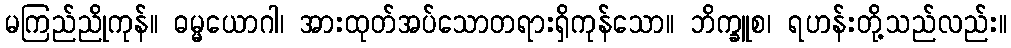
မကြည်ညိုကုန်။ ဓမ္မယောဂါ၊ အားထုတ်အပ်သောတရားရှိကုန်သော။ ဘိက္ခူစ၊ ရဟန်းတို့သည်လည်း။